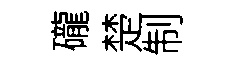
礲楚制